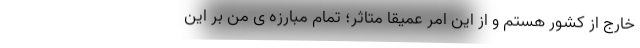
خارج از کشور هستم و از این امر عمیقا متاثر؛ تمام مبارزه ی من بر این